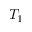
T _ { 1 }